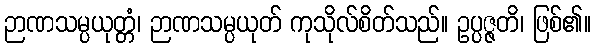
ဉာဏသမ္ပယုတ္တံ၊ ဉာဏသမ္ပယုတ် ကုသိုလ်စိတ်သည်။ ဥပ္ပဇ္ဇတိ၊ ဖြစ်၏။